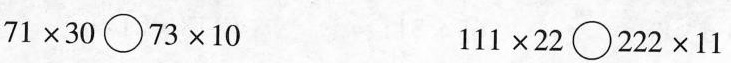
$$7 1 \times 3 0 \circ 7 3 \times 1 0$$ $$1 1 1 \times 2 2 \circ 2 2 2 \times 1 1$$